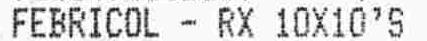
FEBRICOL - RX 10X10'S